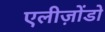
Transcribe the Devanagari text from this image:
एलीज़ोंडो